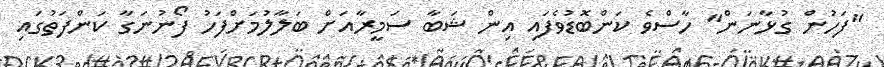
"ފަހުން ގުޅާނަން" ހާސްވެ ކަންބޮޑުވެފައި އިން ޝަބާ ސަމީރާއަށް ބަލާލުމަށްފަހު ފޯނުނަގާ ކަންފަތުގައި